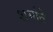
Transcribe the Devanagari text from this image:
शर्माते